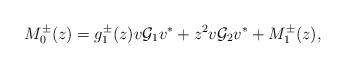
LaTeX: \begin{align*}M_0^{\pm}(z)= g_1^\pm (z) v\mathcal G_1v^* + z^2 v\mathcal G_2v^*+M_1^{\pm}(z),\end{align*}